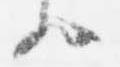
歟